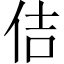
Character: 佶